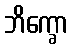
ဘိက္ခော